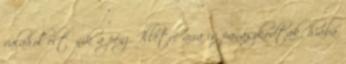
valahol eltűnik a pénz. Illetve arra is panaszkodtak, hiába